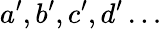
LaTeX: a^{\prime},b^{\prime},c^{\prime},d^{\prime}\ldots